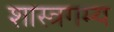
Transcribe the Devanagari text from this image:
शास्त्रगम्य